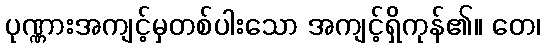
ပုဏ္ဏားအကျင့်မှတစ်ပါးသော အကျင့်ရှိကုန်၏။ တေ၊